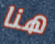
هنا